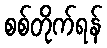
စစ်တိုက်ရန်